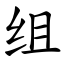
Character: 组